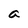
Character: a